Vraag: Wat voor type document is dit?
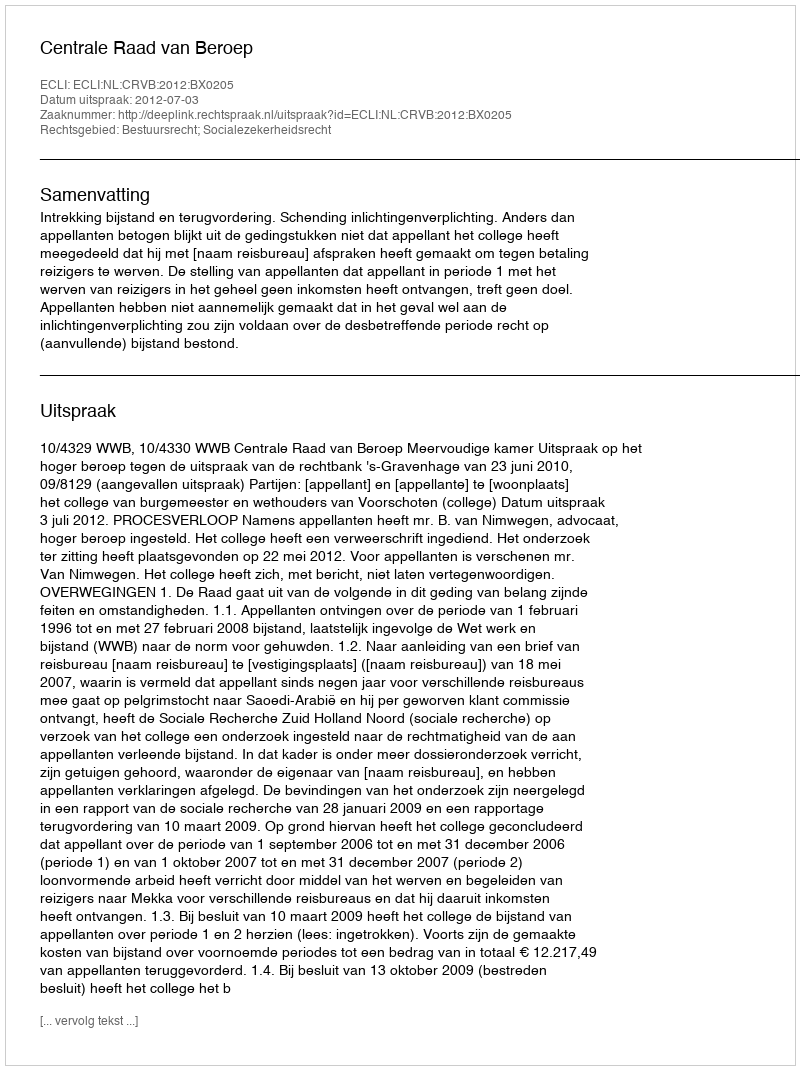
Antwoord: Uitspraak